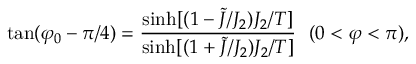
\tan ( \varphi _ { 0 } - \pi / 4 ) = { \frac { \sinh [ ( 1 - \tilde { J } / J _ { 2 } ) J _ { 2 } / T ] } { \sinh [ ( 1 + \tilde { J } / J _ { 2 } ) J _ { 2 } / T ] } } \ \ ( 0 < \varphi < \pi ) ,